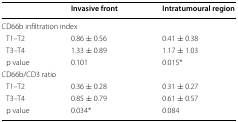
<table><thead><tr><td></td><td><b>Invasive front</b></td><td><b>Intratumoural region</b></td></tr></thead><tbody><tr><td colspan="3">CD66b infiltration index</td></tr><tr><td> T1–T2</td><td>0.86 ± 0.56</td><td>0.41 ± 0.38</td></tr><tr><td> T3–T4</td><td>1.33 ± 0.89</td><td>1.17 ± 1.03</td></tr><tr><td> p value</td><td>0.101</td><td>0.015*</td></tr><tr><td colspan="3">CD66b/CD3 ratio</td></tr><tr><td> T1–T2</td><td>0.36 ± 0.28</td><td>0.31 ± 0.27</td></tr><tr><td> T3–T4</td><td>0.85 ± 0.79</td><td>0.61 ± 0.57</td></tr><tr><td> p value</td><td>0.034*</td><td>0.084</td></tr></tbody></table>